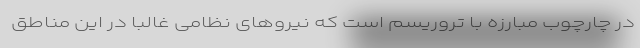
در چارچوب مبارزه با تروریسم است که نیرو‌های نظامی غالبا در این مناطق